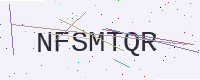
Text: NFSMTQR